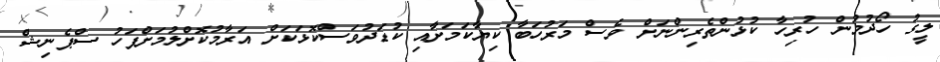
ލީގު ހޯދުމުން ހުރިހާ ކުޅުންތެރިންނަށް ވެސް މަރުހަބާ ކިޔާކަމަށާއި ކުޑަދުވަސްކޮޅަކަށް އަރާމުކޮށްލުމަށްފަހު ސްޕެނިޝް